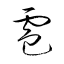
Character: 雹